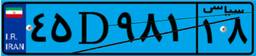
۷۳D۶۱۶۶۳